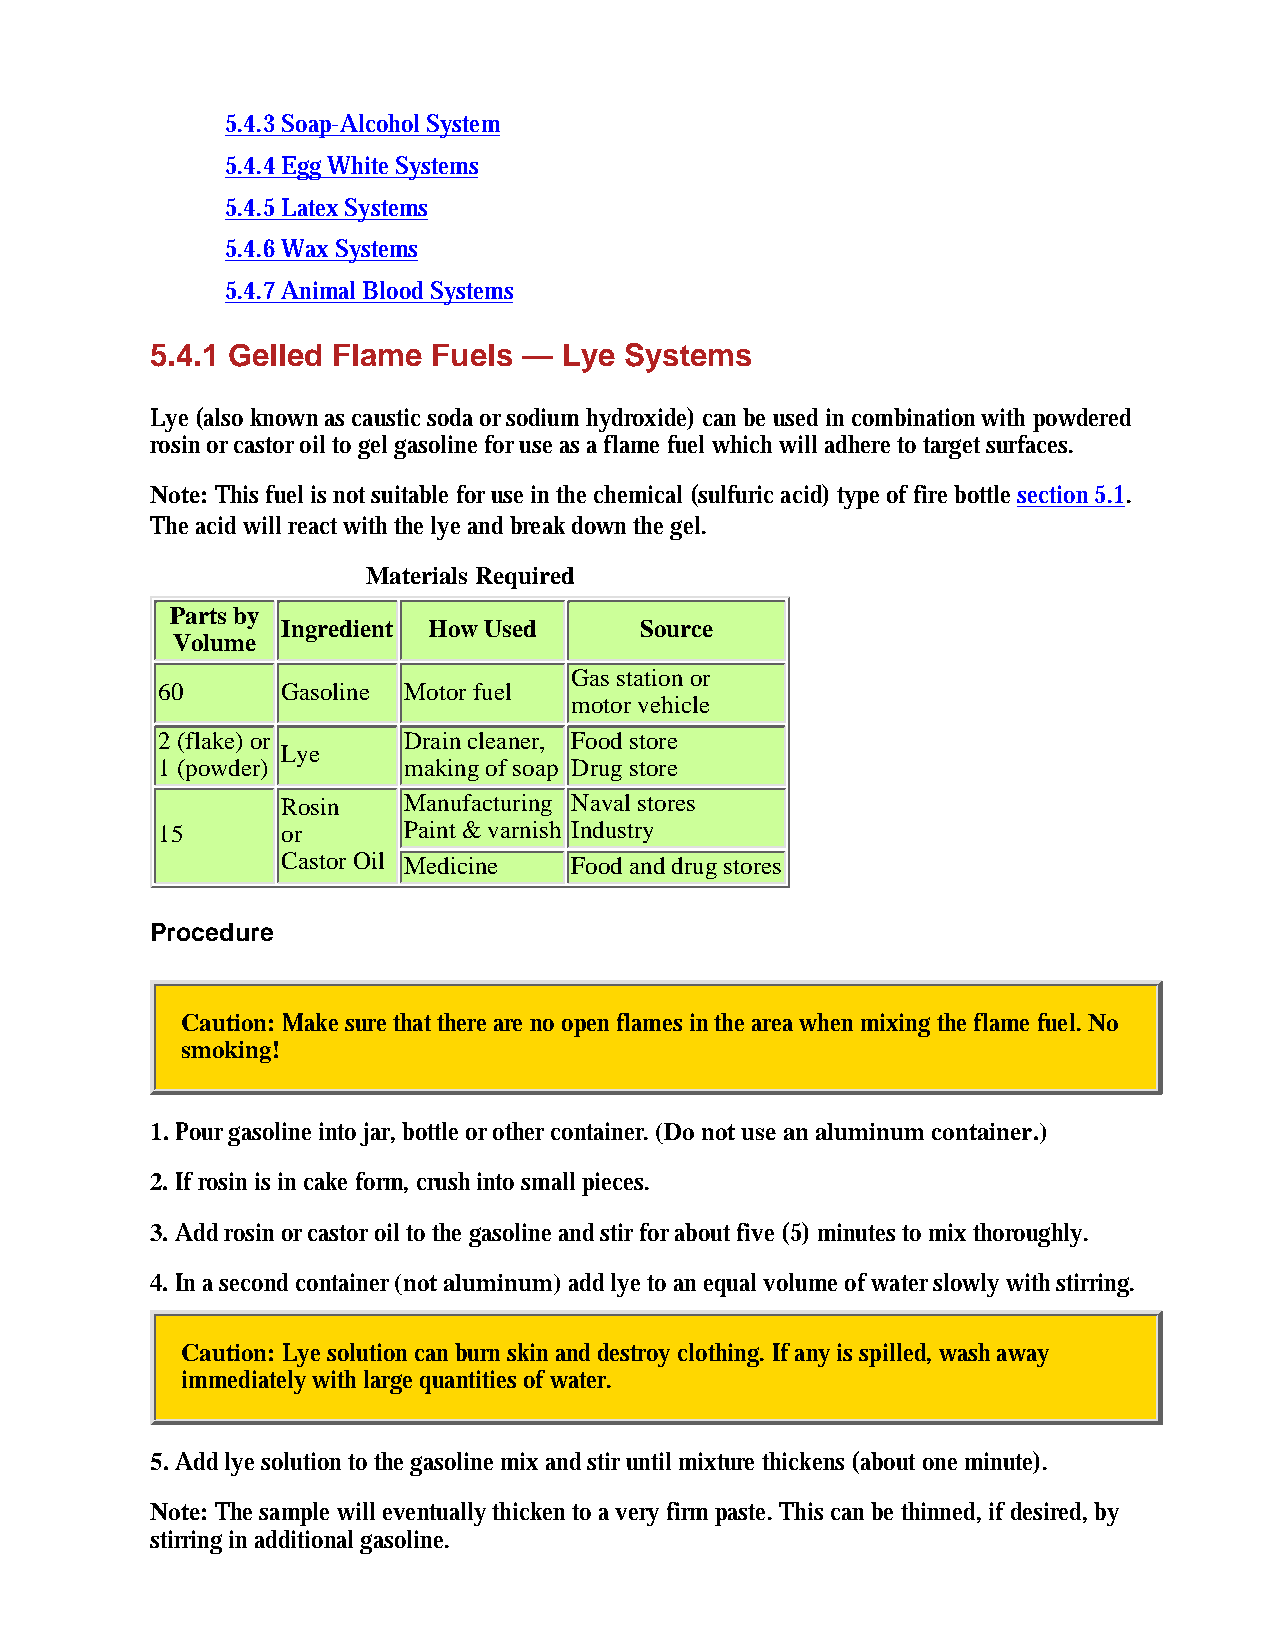
5.4.3 Soap-Alcohol System
 5.4.4 Egg White Systems
 5.4.5 Latex Systems
 5.4.6 Wax Systems
 5.4.7 Animal Blood Systems
 5.4.1 Gelled Flame Fuels — Lye Systems
 Lye (also known as caustic soda or sodium hydroxide) can be used in combination with powdered
 rosin or castor oil to gel gasoline for use as a flame fuel which will adhere to target surfaces.
 Note: This fuel is not suitable for use in the chemical (sulfuric acid) type of fire bottle section 5.1.
 The acid will react with the lye and break down the gel.
 Materials Required
 Parts by
 Ingredient How Used    Source
 Volume
 Gas station or
 60       Gasoline Motor fuel
 motor vehicle
 2 (flake) or     Drain cleaner, Food store
 Lye
 1 (powder)       making of soap Drug store
 Rosin   Manufacturing Naval stores
 15       or      Paint & varnish Industry
 Castor Oil Medicine Food and drug stores
 Procedure
 Caution: Make sure that there are no open flames in the area when mixing the flame fuel. No
 smoking!
 1. Pour gasoline into jar, bottle or other container. (Do not use an aluminum container.)
 2. If rosin is in cake form, crush into small pieces.
 3. Add rosin or castor oil to the gasoline and stir for about five (5) minutes to mix thoroughly.
 4. In a second container (not aluminum) add lye to an equal volume of water slowly with stirring.
 Caution: Lye solution can burn skin and destroy clothing. If any is spilled, wash away
 immediately with large quantities of water.
 5. Add lye solution to the gasoline mix and stir until mixture thickens (about one minute).
 Note: The sample will eventually thicken to a very firm paste. This can be thinned, if desired, by
 stirring in additional gasoline.